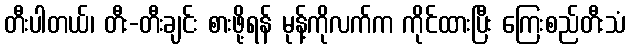
တီးပါတယ်၊ တီး-တီးချင်း စားဖို့ရန် မုန့်ကိုလက်က ကိုင်ထားပြီး ကြေးစည်တီးသံ